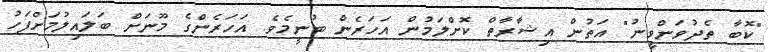
"ކޮބާ ތެދުވަންވީނު" އަތުން އިޝާރާތް ކޮށްލަމުން އަހަރެން ބުނީމެވެ. އަހަރެންގެ މޫނަށް ބަލައިލުމަށްފަހު